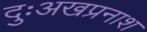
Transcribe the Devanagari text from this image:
दुःअखप्रनाश